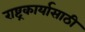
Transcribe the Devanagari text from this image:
राष्ट्रकार्यासाठी